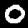
Label: 0